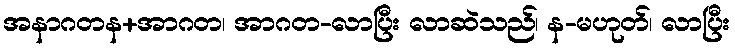
အနာဂတန+အာဂတ၊ အာဂတ-လာပြီး လာဆဲသည်၊ န-မဟုတ်၊ လာပြီး